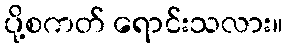
ပို့စကတ် ရောင်းသလား။